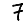
Digit: 7